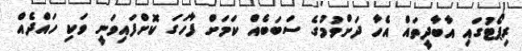
ރިޕޯޓުގައި އާބާދީތައް އެހާ ދަށްވުމުގެ ސަބަބެއް ކަމަށް ފާހަގަ ކޮށްފައިވަނީ ވަކި ހައްދެއް